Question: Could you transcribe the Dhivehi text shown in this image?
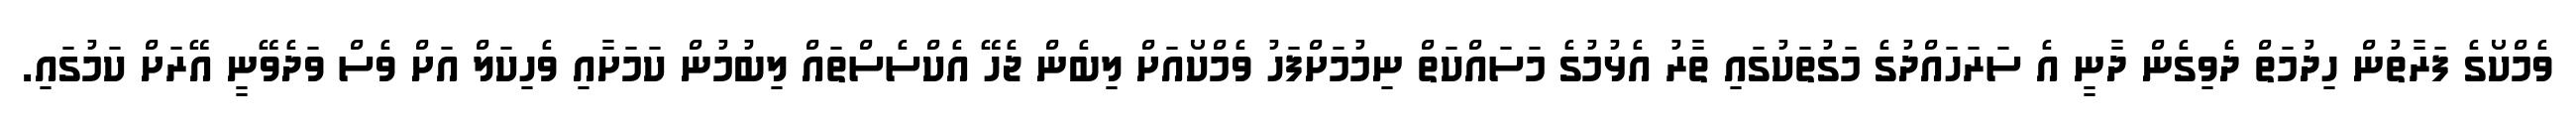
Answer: ވެމްކޯގެ ފަރާތުން ހިދުމަތް ދެވިގެން ދާނީ އެ ސަރަހައްދުގެ މަގުތަކުގައި ތާރު އެޅުމުގެ މަސައްކަތް ނިމުމަށްފަހު ވެމްކޯއަށް ލިބެން ޖެހޭ އެކްސެސްތައް ލިބުމުން ކަމަށާއި ވެހިކަލް އަށް ވެސް ވަދެވޭނީ އޭރަށް ކަމުގައި.